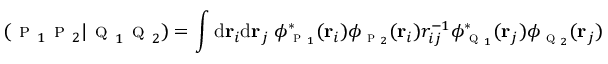
( \textsc { p } _ { 1 } \textsc { p } _ { 2 } | \textsc { q } _ { 1 } \textsc { q } _ { 2 } ) = \int \mathrm { d } \mathbf { r } _ { i } \mathrm { d } \mathbf { r } _ { j } \; \phi _ { \textsc { p } _ { 1 } } ^ { * } ( \mathbf { r } _ { i } ) \phi _ { \textsc { p } _ { 2 } } ( \mathbf { r } _ { i } ) r _ { i j } ^ { - 1 } \phi _ { \textsc { q } _ { 1 } } ^ { * } ( \mathbf { r } _ { j } ) \phi _ { \textsc { q } _ { 2 } } ( \mathbf { r } _ { j } )